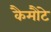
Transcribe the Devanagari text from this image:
कैमौटे